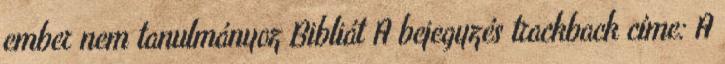
ember nem tanulmányoz Bibliát A bejegyzés trackback címe: A